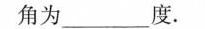
角为___度.